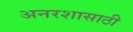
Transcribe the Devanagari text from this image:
अनरशासाठी